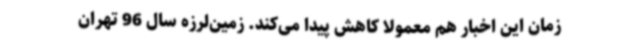
زمان این اخبار هم معمولا کاهش پیدا می‌کند. زمین‌لرزه سال 96 تهران